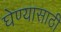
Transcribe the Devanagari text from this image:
घेण्‍यासाठी